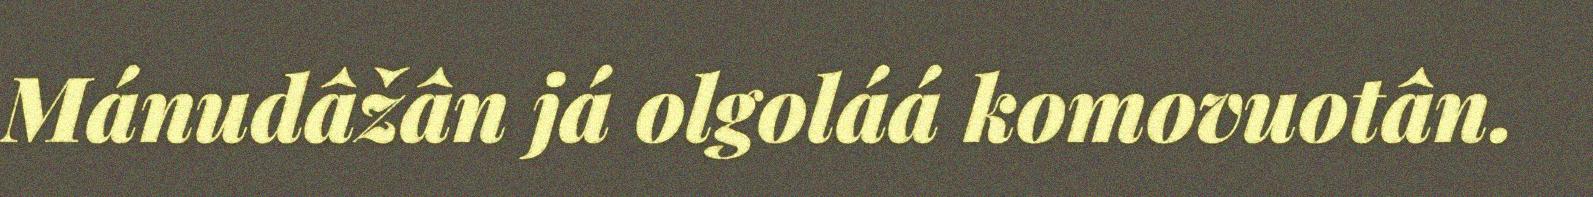
Mánudâžân já olgoláá komovuotân.